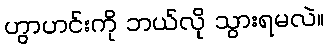
ဟွာဟင်းကို ဘယ်လို သွားရမလဲ။